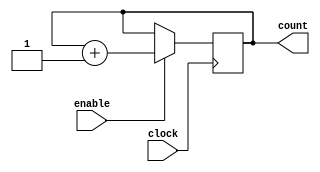
`timescale 1ns / 100ps    // Unit time is 1ns, resolution 100ps
//-----------------------------------------------------------
// Design Name: counter_8
// Function: an 8-bit synchronous counter with enable input
//-----------------------------------------------------------

module counter_8 (
	clock, // clock input
	enable, // high enable counting
	count // count value
);

//------- Declare ports -------//

	parameter BIT_SZ = 8;
	input clock;
	input enable;
	output [BIT_SZ-1:0] count;
	
// count needs to be declared as a reg
	reg [BIT_SZ-1:0] count;
	
//----- always initialise storage elements such as D-FF
	initial count = 0;
	
//----- Main body of the module
	
	always @ (posedge clock)
		if (enable == 1'b1)
			count <= count + 1'b1;
endmodule // end of module